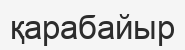
қарабайыр